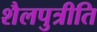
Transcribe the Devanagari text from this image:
शैलपुत्रीति